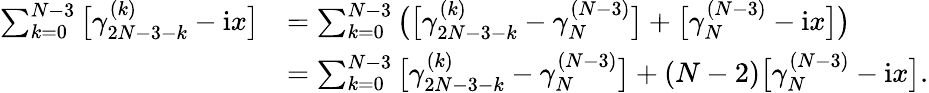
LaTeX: \begin{array}{rl}{\sum_{k=0}^{N-3}\big[\gamma_{2N-3-k}^{(k)}-\mathrm{i}x\big]}&{=\sum_{k=0}^{N-3}\big(\big[\gamma_{2N-3-k}^{(k)}-\gamma_{N}^{(N-3)}\big]+\big[\gamma_{N}^{(N-3)}-\mathrm{i}x\big]\big)}\\ &{=\sum_{k=0}^{N-3}\big[\gamma_{2N-3-k}^{(k)}-\gamma_{N}^{(N-3)}\big]+(N-2)\big[\gamma_{N}^{(N-3)}-\mathrm{i}x\big].}\end{array}